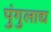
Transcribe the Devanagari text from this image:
पुंगुलाद्य